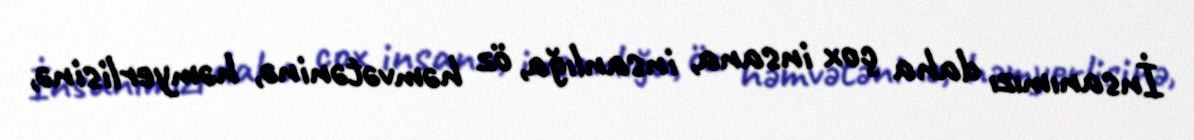
İnsanımızı daha çox insana, insanlığa, öz həmvətəninə, həmyerlisinə,